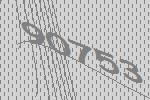
90753